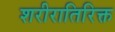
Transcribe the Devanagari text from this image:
शरीरातिरिक्त